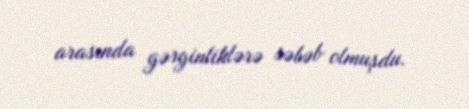
arasında gərginliklərə səbəb olmuşdu.